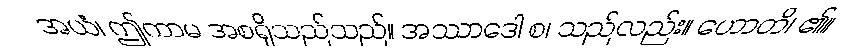
အယံ၊ ဤကာမ အစရှိသည်သည်။ အဿာဒေါ စ၊ သည်လည်း။ ဟောတိ၊ ၏။